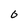
Character: 6